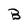
Character: B